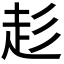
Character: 𮚳